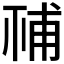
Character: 𥙳